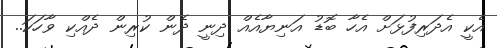
އެކީ އެދަރިފުޅަށް އެހާ ބޮޑު އަނިޔާއެއް ދިނީ ދެން ކުރިން ދެއްކި ވާހަކަ..